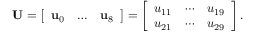
\mathbf { U } = \left[ \begin{array} { c c c } { \mathbf { u } _ { 0 } } & { \ldots } & { \mathbf { u } _ { 8 } } \end{array} \right] = \left[ \begin{array} { c c c } { u _ { 1 1 } } & { \cdots } & { u _ { 1 9 } } \\ { u _ { 2 1 } } & { \cdots } & { u _ { 2 9 } } \end{array} \right] .